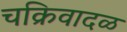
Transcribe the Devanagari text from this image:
चक्रिवादळ